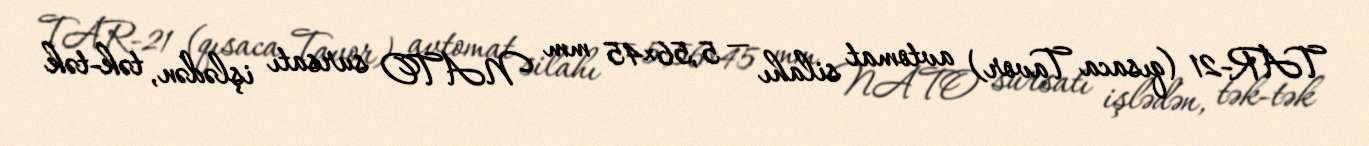
TAR-21 (qısaca Tavor) avtomat silahı — 5,56×45 mm NATO sursatı işlədən, tək-tək